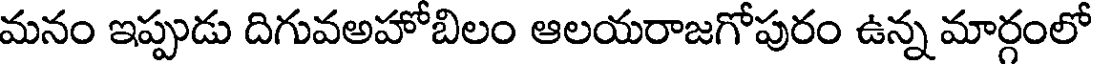
మనం ఇప్పుడు దిగువఅహోబిలం ఆలయరాజగోపురం ఉన్న మార్గంలో